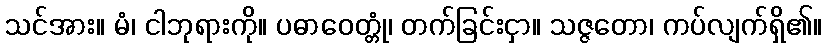
သင်အား။ မံ၊ ငါဘုရားကို။ ပဓာဝေတ္တုံ၊ တက်ခြင်းငှာ။ သဇ္ဇတော၊ ကပ်လျက်ရှိ၏။